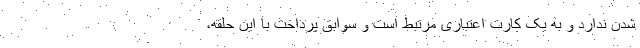
شدن ندارد و به یک کارت اعتباری مرتبط است و سوابق پرداخت با این حلقه،